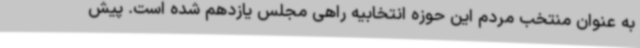
به عنوان منتخب مردم این حوزه انتخابیه راهی مجلس یازدهم شده است. پیش